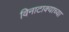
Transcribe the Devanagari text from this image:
विनाटाक्‍याच्या